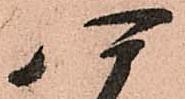
四